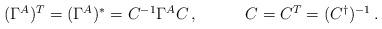
LaTeX: \begin{align*}\begin{array}{ll}(\Gamma^{A}){}^{T}=(\Gamma^{A}){}^{\ast}={C}^{-1}\Gamma^{A}{C}\,,~~~&~~~C=C^{T}=(C^{\dagger})^{-1}\,.\end{array}\end{align*}